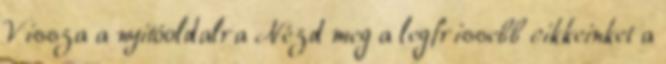
Vissza a nyitóoldalra Nézd meg a legfrissebb cikkeinket a